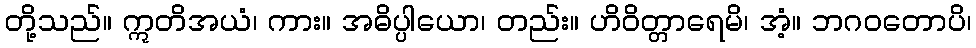
တို့သည်။ ဣတိအယံ၊ ကား။ အဓိပ္ပါယော၊ တည်း။ ဟိဝိတ္တာရေမိ၊ အံ့။ ဘဂဝတောပိ၊